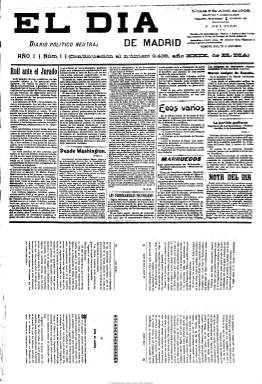
Título: El Día de Madrid
Colección: Periódicos
Ámbito geográfico: Madrid
Lugar de publicación: Madrid
Fechas: 06/04/1908-28/10/1916

Es continuación de El día que fundara Camilo Hurtado de Amézaga (1827-1888), tercer marqués de Riscal, en 1880, que a partir del 6 de abril de 1908 adopta este título, siguiendo la secuencia numérica de su predecesor, bajo la dirección y gerencia de Francisco del Pino, que había sido uno de sus redactores a finales del siglo XIX. Después le acompañará Félix Bernardo de Quirós, como administrador del rotativo, de carácter monárquico y católico y que integrará el grupo de prensa española de tendencia germanófila durante la primera guerra mundial.

Diario típicamente noticiero, que continúa publicando la sección habitual ‘Nota del día’, especie de columna de opinión sobre la actualidad, que escribirá Abel Imart, uno de los escasos periodistas de su redacción, junto a A. Balbín, y que posteriormente se denominará ‘De ayer a hoy: notas políticas’. En esta segunda etapa, el diario reducirá sus fondos doctrinales, y sus textos, exentos la mayor parte de de firma, acaso de iniciales o algún seudónimo, serán en su mayor parte breves sobre actualidad política, económica, comercial, industrial y financiera, publicando las cotizaciones de la bolsa de Madrid, junto a noticias del extranjero y de provincias, así como de espectáculos (teatro y cine), deportes, sucesos, tribunales, parlamentarias y gubernamentales, religiosas, del movimiento obrero y generales, una revista literaria, el clásico folletín y un buen número de anuncios comerciales, que hacían de este diario una empresa rentable. También publica algunos textos de creación literaria, preferentemente cuentos, apareciendo Emilia Pardo Bazán como una de sus firmas.

Subtitulado como “diario político neutral”, estampa bajo su cabecera la leyenda “seguros, comercio, industria, agricultura, banca e intereses nacionales”, que refleja sus contenidos y su no adscripción política partidaria. Se imprime en números de cuatro páginas y a cinco columnas, y en 1916 será continuado, de nuevo, por la cabecera El día, iniciando su tercera y última y distinta etapa.